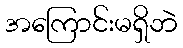
အကြောင်းမရှိဘဲ